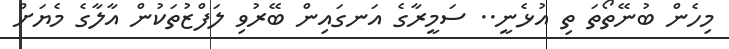
މިހެން ބުނޭތޯތަ ތި އުޅެނީ.. ސަމީރާގެ އަނގައިން ބޭރުވި ލަފްޒުތަކުން އާލާގެ މެޔަށް